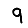
Digit: 9